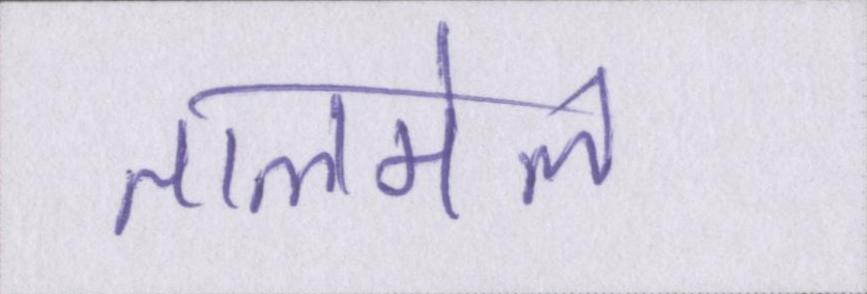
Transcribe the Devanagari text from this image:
तालमेल